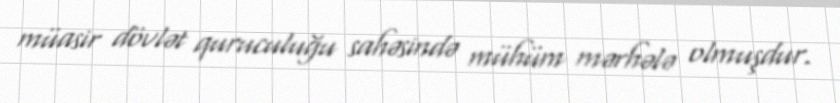
müasir dövlət quruculuğu sahəsində mühüm mərhələ olmuşdur.